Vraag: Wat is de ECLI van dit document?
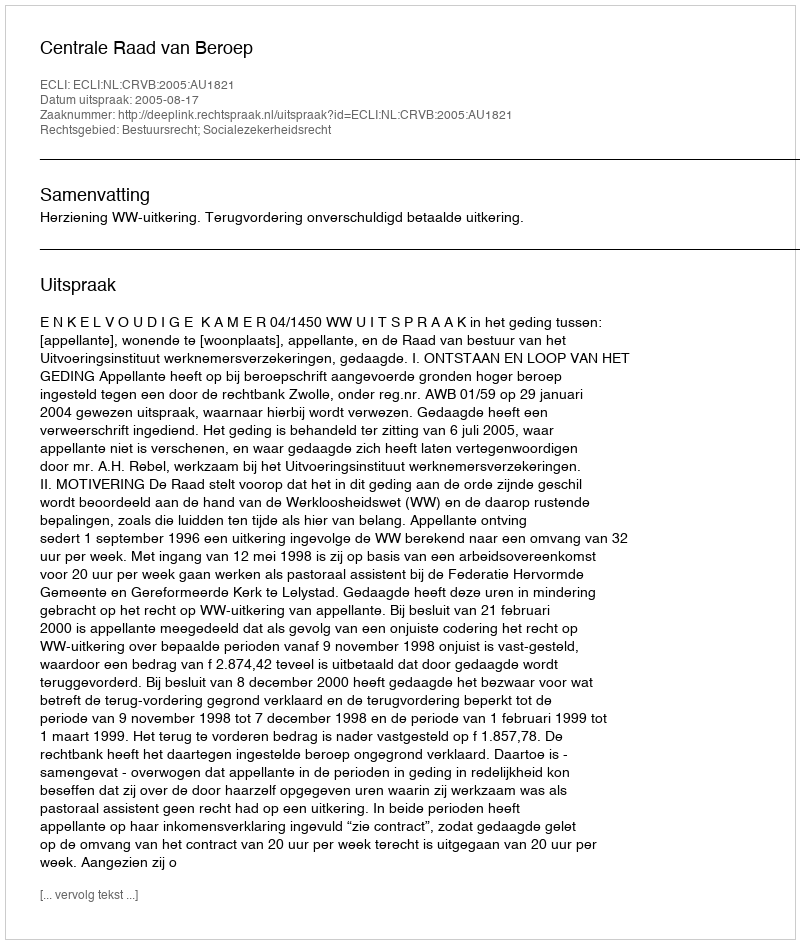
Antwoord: ECLI:NL:CRVB:2005:AU1821